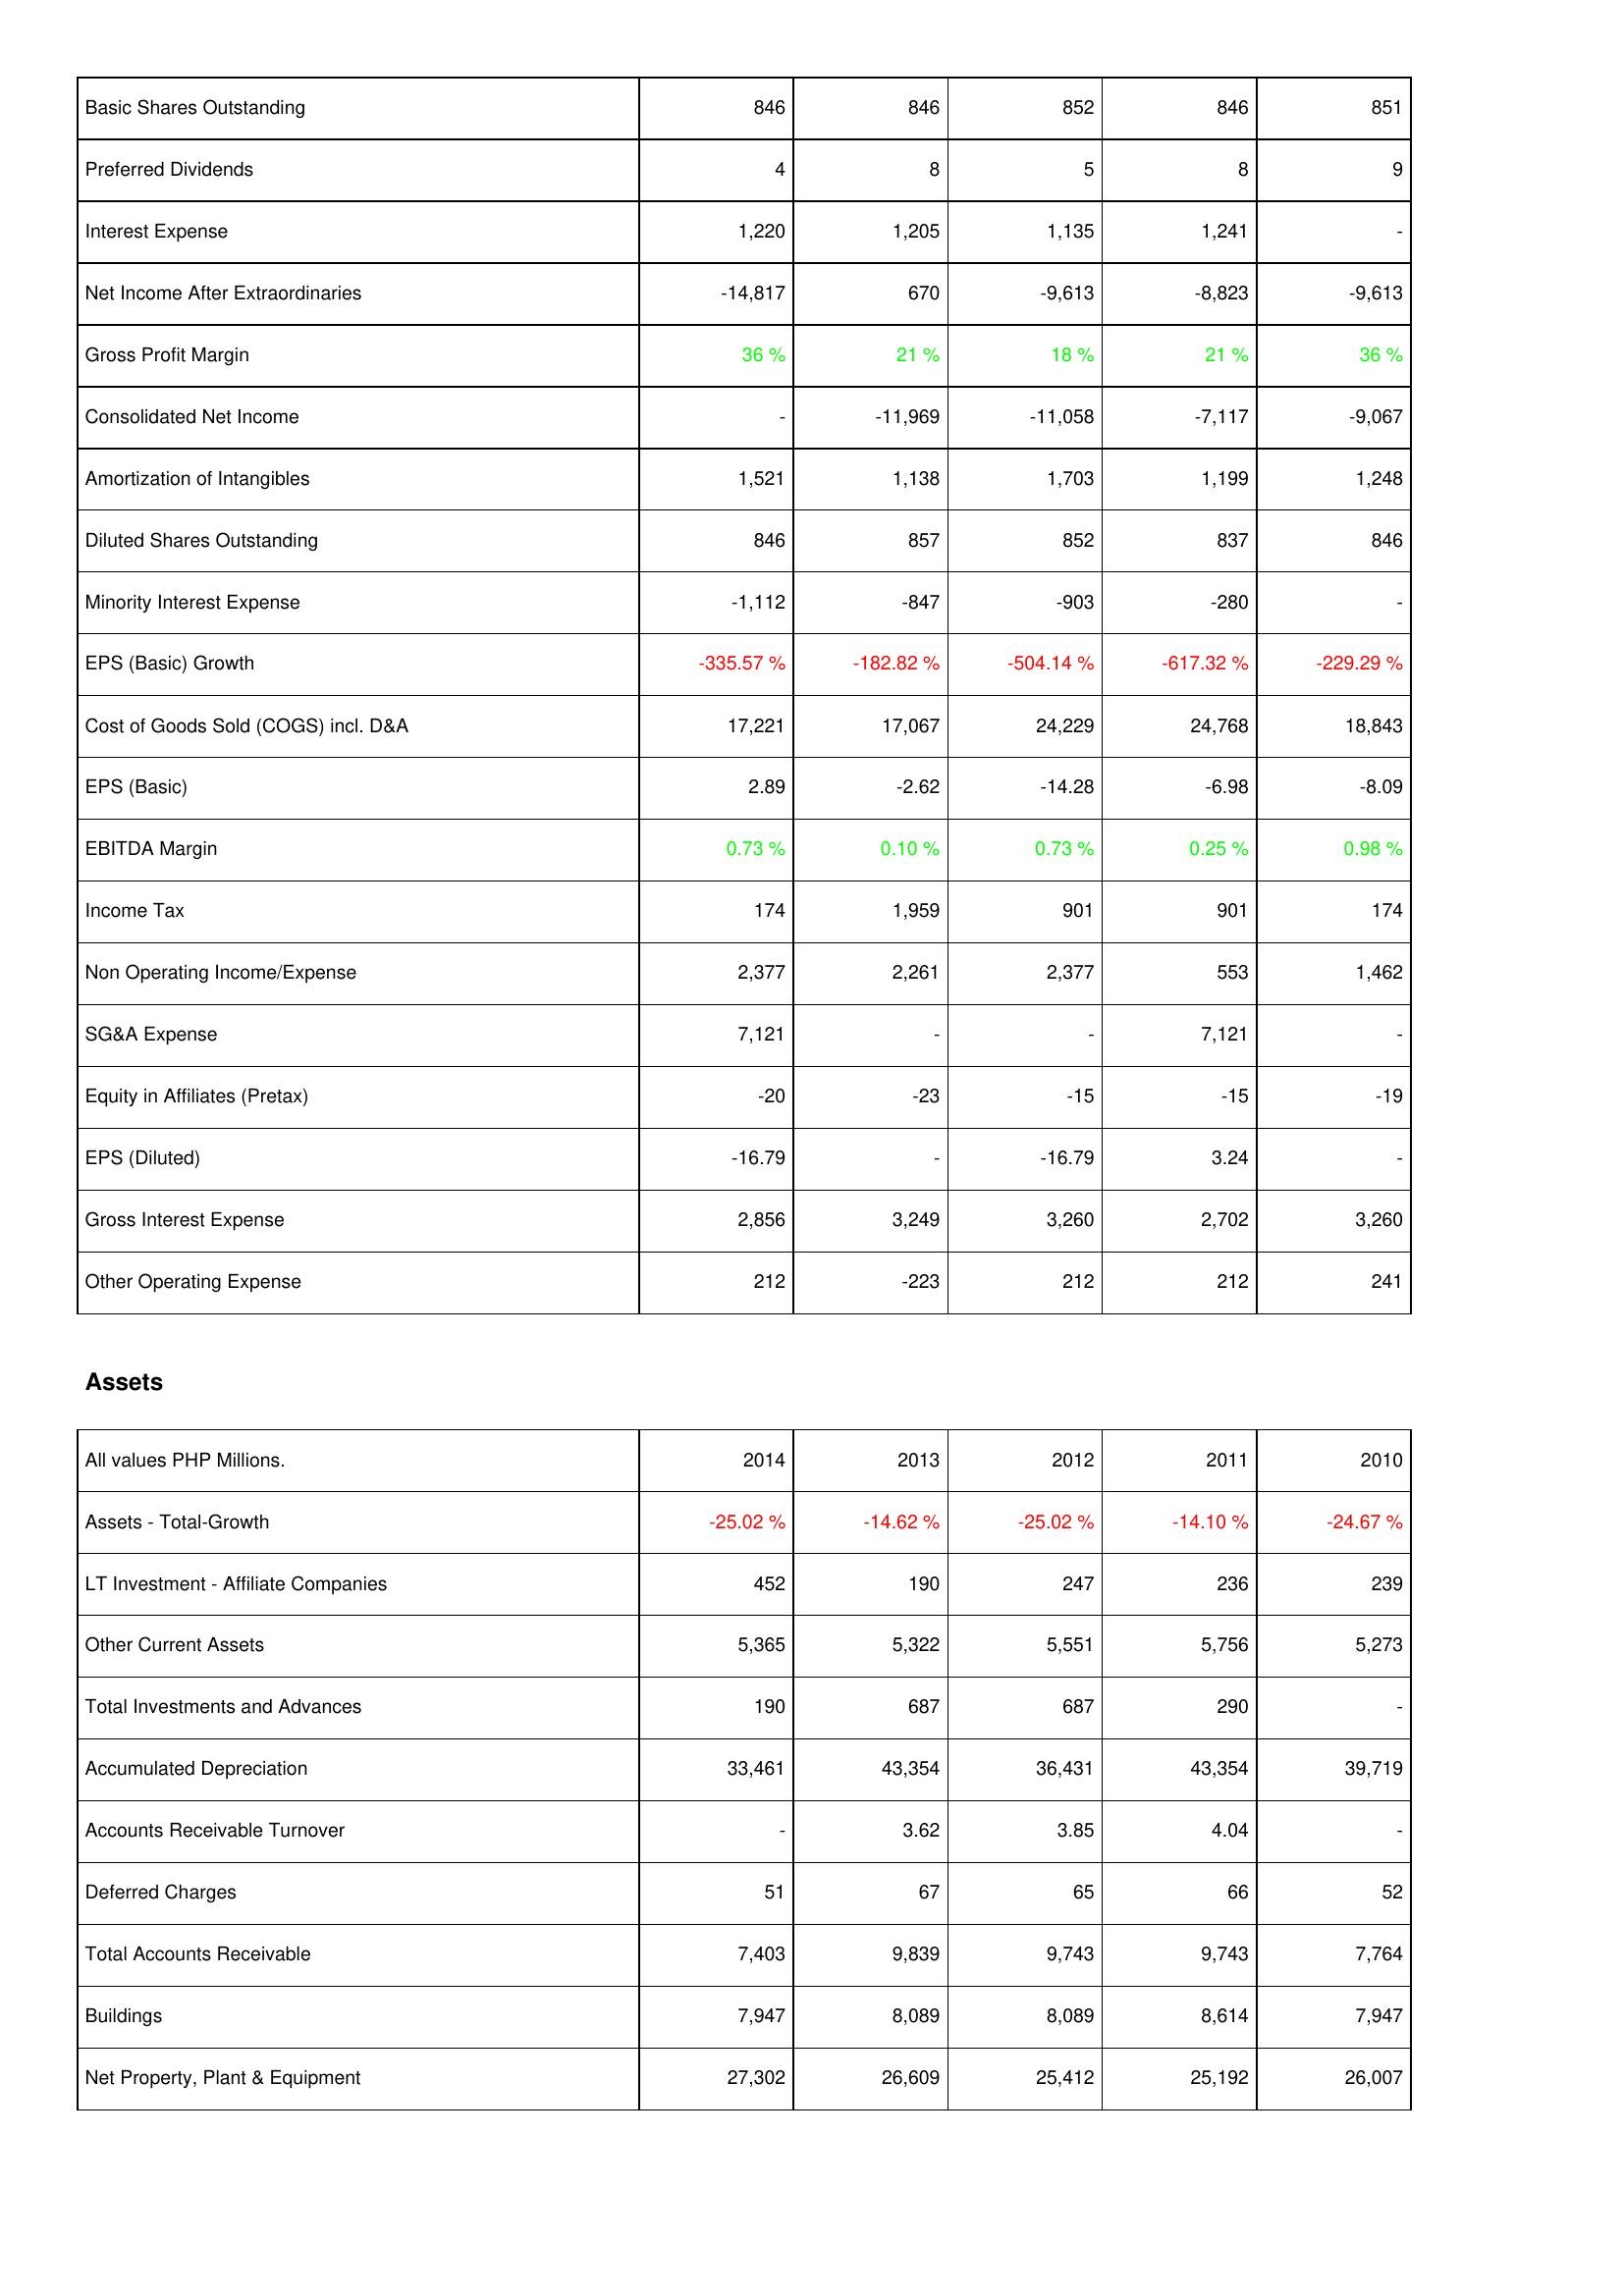
2014: Income Statement: Basic Shares Outstanding: 846
Preferred Dividends: 4
Interest Expense: 1,220
Net Income After Extraordinaries: -14,817
Gross Profit Margin: 36 %
Consolidated Net Income: -
Amortization of Intangibles: 1,521
Diluted Shares Outstanding: 846
Minority Interest Expense: -1,112
EPS (Basic) Growth: -335.57 %
Cost of Goods Sold (COGS) incl. D&A: 17,221
EPS (Basic): 2.89
EBITDA Margin: 0.73 %
Income Tax: 174
Non Operating Income/Expense: 2,377
SG&A Expense: 7,121
Equity in Affiliates (Pretax): -20
EPS (Diluted): -16.79
Gross Interest Expense: 2,856
Other Operating Expense: 212
Assets: Assets - Total-Growth: -25.02 %
LT Investment - Affiliate Companies: 452
Other Current Assets: 5,365
Total Investments and Advances: 190
Accumulated Depreciation: 33,461
Accounts Receivable Turnover: -
Deferred Charges: 51
Total Accounts Receivable: 7,403
Buildings: 7,947
Net Property, Plant & Equipment: 27,302
2013: Income Statement: Basic Shares Outstanding: 846
Preferred Dividends: 8
Interest Expense: 1,205
Net Income After Extraordinaries: 670
Gross Profit Margin: 21 %
Consolidated Net Income: -11,969
Amortization of Intangibles: 1,138
Diluted Shares Outstanding: 857
Minority Interest Expense: -847
EPS (Basic) Growth: -182.82 %
Cost of Goods Sold (COGS) incl. D&A: 17,067
EPS (Basic): -2.62
EBITDA Margin: 0.10 %
Income Tax: 1,959
Non Operating Income/Expense: 2,261
SG&A Expense: -
Equity in Affiliates (Pretax): -23
EPS (Diluted): -
Gross Interest Expense: 3,249
Other Operating Expense: -223
Assets: Assets - Total-Growth: -14.62 %
LT Investment - Affiliate Companies: 190
Other Current Assets: 5,322
Total Investments and Advances: 687
Accumulated Depreciation: 43,354
Accounts Receivable Turnover: 3.62
Deferred Charges: 67
Total Accounts Receivable: 9,839
Buildings: 8,089
Net Property, Plant & Equipment: 26,609
2012: Income Statement: Basic Shares Outstanding: 852
Preferred Dividends: 5
Interest Expense: 1,135
Net Income After Extraordinaries: -9,613
Gross Profit Margin: 18 %
Consolidated Net Income: -11,058
Amortization of Intangibles: 1,703
Diluted Shares Outstanding: 852
Minority Interest Expense: -903
EPS (Basic) Growth: -504.14 %
Cost of Goods Sold (COGS) incl. D&A: 24,229
EPS (Basic): -14.28
EBITDA Margin: 0.73 %
Income Tax: 901
Non Operating Income/Expense: 2,377
SG&A Expense: -
Equity in Affiliates (Pretax): -15
EPS (Diluted): -16.79
Gross Interest Expense: 3,260
Other Operating Expense: 212
Assets: Assets - Total-Growth: -25.02 %
LT Investment - Affiliate Companies: 247
Other Current Assets: 5,551
Total Investments and Advances: 687
Accumulated Depreciation: 36,431
Accounts Receivable Turnover: 3.85
Deferred Charges: 65
Total Accounts Receivable: 9,743
Buildings: 8,089
Net Property, Plant & Equipment: 25,412
2011: Income Statement: Basic Shares Outstanding: 846
Preferred Dividends: 8
Interest Expense: 1,241
Net Income After Extraordinaries: -8,823
Gross Profit Margin: 21 %
Consolidated Net Income: -7,117
Amortization of Intangibles: 1,199
Diluted Shares Outstanding: 837
Minority Interest Expense: -280
EPS (Basic) Growth: -617.32 %
Cost of Goods Sold (COGS) incl. D&A: 24,768
EPS (Basic): -6.98
EBITDA Margin: 0.25 %
Income Tax: 901
Non Operating Income/Expense: 553
SG&A Expense: 7,121
Equity in Affiliates (Pretax): -15
EPS (Diluted): 3.24
Gross Interest Expense: 2,702
Other Operating Expense: 212
Assets: Assets - Total-Growth: -14.10 %
LT Investment - Affiliate Companies: 236
Other Current Assets: 5,756
Total Investments and Advances: 290
Accumulated Depreciation: 43,354
Accounts Receivable Turnover: 4.04
Deferred Charges: 66
Total Accounts Receivable: 9,743
Buildings: 8,614
Net Property, Plant & Equipment: 25,192
2010: Income Statement: Basic Shares Outstanding: 851
Preferred Dividends: 9
Interest Expense: -
Net Income After Extraordinaries: -9,613
Gross Profit Margin: 36 %
Consolidated Net Income: -9,067
Amortization of Intangibles: 1,248
Diluted Shares Outstanding: 846
Minority Interest Expense: -
EPS (Basic) Growth: -229.29 %
Cost of Goods Sold (COGS) incl. D&A: 18,843
EPS (Basic): -8.09
EBITDA Margin: 0.98 %
Income Tax: 174
Non Operating Income/Expense: 1,462
SG&A Expense: -
Equity in Affiliates (Pretax): -19
EPS (Diluted): -
Gross Interest Expense: 3,260
Other Operating Expense: 241
Assets: Assets - Total-Growth: -24.67 %
LT Investment - Affiliate Companies: 239
Other Current Assets: 5,273
Total Investments and Advances: -
Accumulated Depreciation: 39,719
Accounts Receivable Turnover: -
Deferred Charges: 52
Total Accounts Receivable: 7,764
Buildings: 7,947
Net Property, Plant & Equipment: 26,007